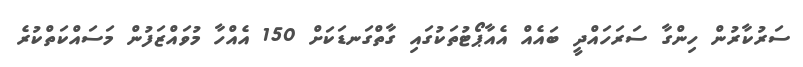
ސަރުކާރުން ހިންގާ ސަރަހައްދީ ބައެއް އެއާޕޯޓުތަކުގައި ގާތްގަނޑަކަށް 150 އެއްހާ މުވައްޒަފުން މަސައްކަތްކުރެ